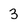
Character: 3